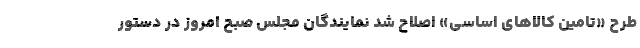
طرح «تامین کالاهای اساسی» اصلاح شد نمایندگان مجلس صبح امروز در دستور